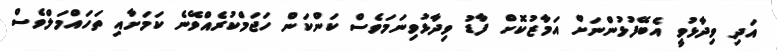
އަދި ވިދާޅުވީ އެބޭފުޅުންނަށް އަމާޒުކޮށް ފާޑު ވިދާޅުވިނަމަވެސް ކަންކަން ހަޖަމްކުރެއްވޭނެ ކަމަށާއި ތަހައްމަލްވެސް